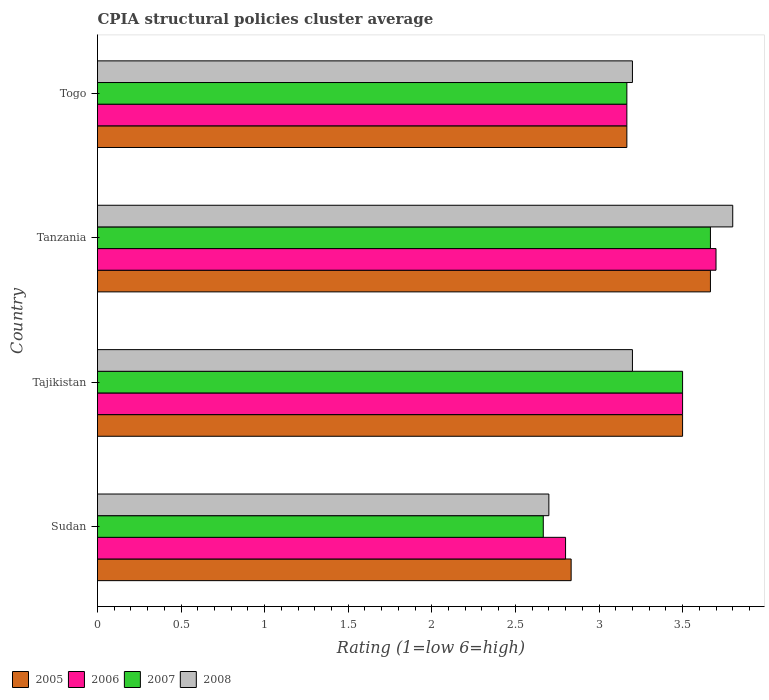
| Country | 2005 | 2006 | 2007 | 2008 |
 | --- | --- | --- | --- | --- |
 | Sudan | 2.83 | 2.8 | 2.67 | 2.7 |
 | Tajikistan | 3.5 | 3.5 | 3.5 | 3.2 |
 | Tanzania | 3.67 | 3.7 | 3.67 | 3.8 |
 | Togo | 3.17 | 3.17 | 3.17 | 3.2 |